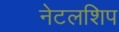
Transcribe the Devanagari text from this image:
नेटलशिप